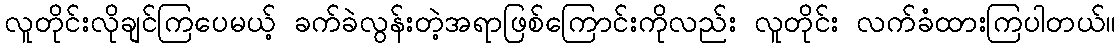
လူတိုင်းလိုချင်ကြပေမယ့် ခက်ခဲလွန်းတဲ့အရာဖြစ်ကြောင်းကိုလည်း လူတိုင်း လက်ခံထားကြပါတယ်။